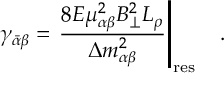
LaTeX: \gamma _ { \bar { \alpha } \beta } = \left. { \frac { 8 E \mu _ { \alpha \beta } ^ { 2 } B _ { \perp } ^ { 2 } L _ { \rho } } { \Delta m _ { \alpha \beta } ^ { 2 } } } \right| _ { \mathrm { r e s } } ~ ~ ~ .